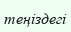
теңіздегі